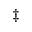
^ \ddagger